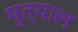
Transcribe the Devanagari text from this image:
मुत्याल